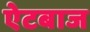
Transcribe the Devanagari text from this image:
ऐटबाज